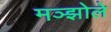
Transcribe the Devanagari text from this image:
मञ्झोले